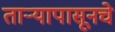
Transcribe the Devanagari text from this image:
तार्‍यापासूनचे